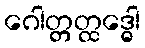
ဂေါတ္တတ္ထဒ္ဓေါ